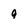
Character: 9